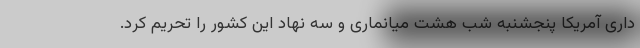
داری آمریکا پنجشنبه شب هشت میانماری و سه نهاد این کشور را تحریم کرد.